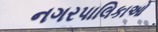
નગરપાલિકાઓ